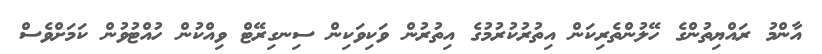
އާންމު ރައްޔިތުންގެ ހޭލުންތެރިކަން އިތުރުކުރުމުގެ އިތުރުން ވަކިވަކިން ސިނގިރޭޓް ވިއްކުން ހުއްޓުވުން ކަމަށްވެސް